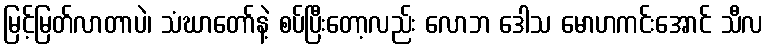
မြင့်မြတ်လာတာပဲ၊ သံဃာတော်နဲ့ စပ်ပြီးတော့လည်း လောဘ ဒေါသ မောဟကင်းအောင် သီလ